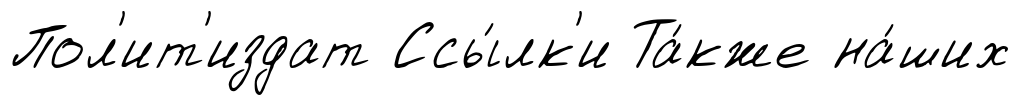
Пол'ит'издат Ссы́лк'и Та́кже на́ших